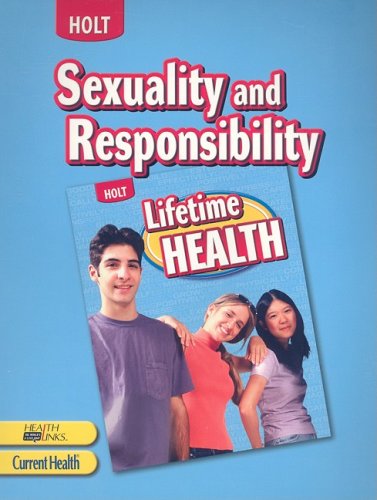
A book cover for Lifetime Health: Student Edition Sexuality and Responsibility 2009; RINEHART AND WINSTON HOLT; Teen & Young Adult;